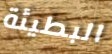
البطيئة